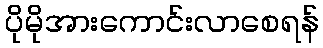
ပိုမိုအားကောင်းလာစေရန်